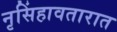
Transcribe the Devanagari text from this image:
नृसिंहावतारात